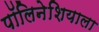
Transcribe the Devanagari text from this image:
पॉलिनेशियाला